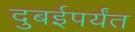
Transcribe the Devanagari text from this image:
दुबईपर्यंत